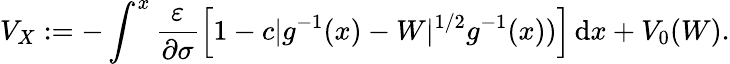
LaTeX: V_{X}:=-\int^{x}\frac{\varepsilon}{\partial\sigma}\left[1-c\lvert{g^{-1}(x)-W}\rvert^{1/2}g^{-1}(x))\right]\, \mathrm{d}x+V_{0}(W).